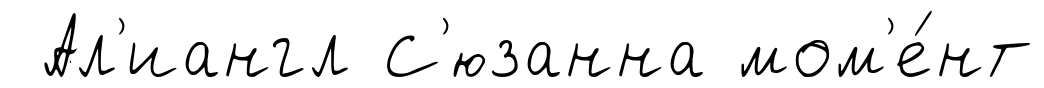
Ал'иангл С'юзанна мом'е́нт